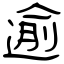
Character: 逾